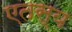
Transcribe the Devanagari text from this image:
एतस्य